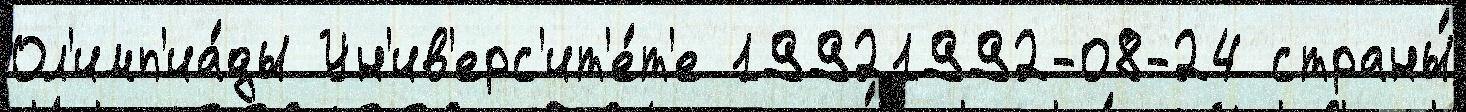
Ол'имп'иа́ды Ун'ив'ерс'ит'е́т'е 19921992-08-24 страны́